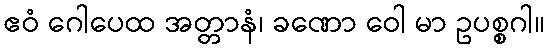
ဧဝံ ဂေါပေထ အတ္တာနံ၊ ခဏော ဝေါ မာ ဥပစ္စဂါ။